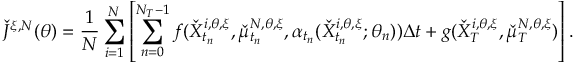
\check { J } ^ { \xi , N } ( \theta ) = \frac { 1 } { N } \sum _ { i = 1 } ^ { N } \left[ \sum _ { n = 0 } ^ { N _ { T } - 1 } f ( \check { X } _ { t _ { n } } ^ { i , \theta , \xi } , \check { \mu } _ { t _ { n } } ^ { N , \theta , \xi } , \alpha _ { t _ { n } } ( \check { X } _ { t _ { n } } ^ { i , \theta , \xi } ; \theta _ { n } ) ) \Delta t + g ( \check { X } _ { T } ^ { i , \theta , \xi } , \check { \mu } _ { T } ^ { N , \theta , \xi } ) \right] .